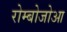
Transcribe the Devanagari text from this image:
रोम्बोजोआ